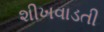
શીખવાડતી